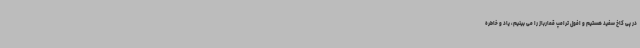
در پی کاخ سفید هستیم و افول ترامپ قمارباز را می بینیم، یاد و خاطره